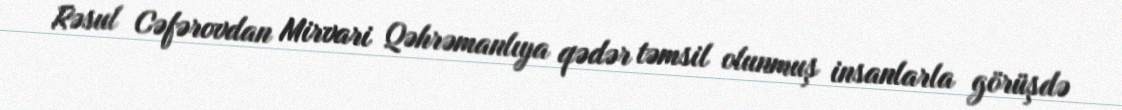
Rəsul Cəfərovdan Mirvari Qəhrəmanlıya qədər təmsil olunmuş insanlarla görüşdə